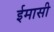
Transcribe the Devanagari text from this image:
ईमासी